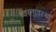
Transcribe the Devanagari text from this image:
ध्वस्तावस्था